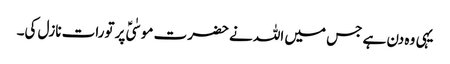
یہی وہ دن ہے جس میں اللہ نے حضرت موسٰیؑ پر تورات نازل کی۔